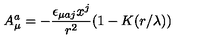
A _ { \mu } ^ { a } = - { \frac { \epsilon _ { \mu a j } x ^ { j } } { r ^ { 2 } } } ( 1 - K ( r / \lambda ) )